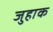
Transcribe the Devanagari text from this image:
जुहाक